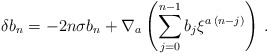
\begin{align*}\delta b_n = -2n\sigma b_n + \nabla_a\left(\sum_{j=0}^{n-1} b_j\xi^{a\,(n-j)}\right)\,.\end{align*}